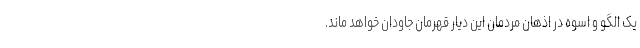
یک الگو و اسوه در اذهان مردمان این دیار قهرمان جاودان خواهد ماند.